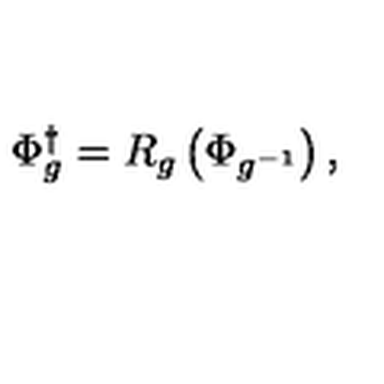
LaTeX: \Phi _ { g } ^ { \dagger } = R _ { g } \left( \Phi _ { g ^ { - 1 } } \right) ,